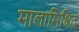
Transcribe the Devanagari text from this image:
मालामिश्रित